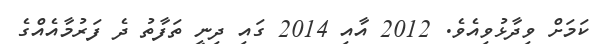
ކަމަށް ވިދާޅުވިއެވެ. 2012 އާއި 2014 ގައި ދިނީ ތަފާތު ދެ ފަރުމާއެއްގެ